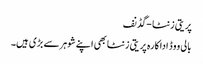
پریتی زنٹا -گڈنف
بالی ووڈ اداکارہ پریتی زنٹا بھی اپنے شوہرسے بڑی ہیں۔